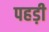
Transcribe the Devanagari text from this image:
पहड़ी